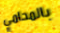
بالمحامي